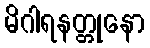
မိဂါရနတ္တုနော